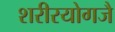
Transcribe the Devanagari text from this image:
शरीरयोगजै